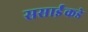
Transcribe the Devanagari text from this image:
ससाईंकडे